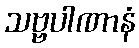
သဗ္ဗပါဏာနံ